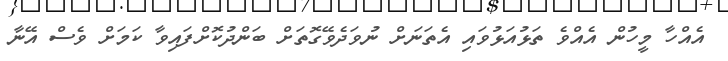
އެއްހާ މީހުން އެއްވެ ތަޅުއަޅުވައި އެތަނަށް ނުވަދެވޭގޮތަށް ބަންދުކޮށްފައިވާ ކަމަށް ވެސް އޭނާ